Vital statistics of India. Vol. IV, Annual returns from 1871 to 1876. British Army of India, Native Army and jails of Bengal
Year: 1871
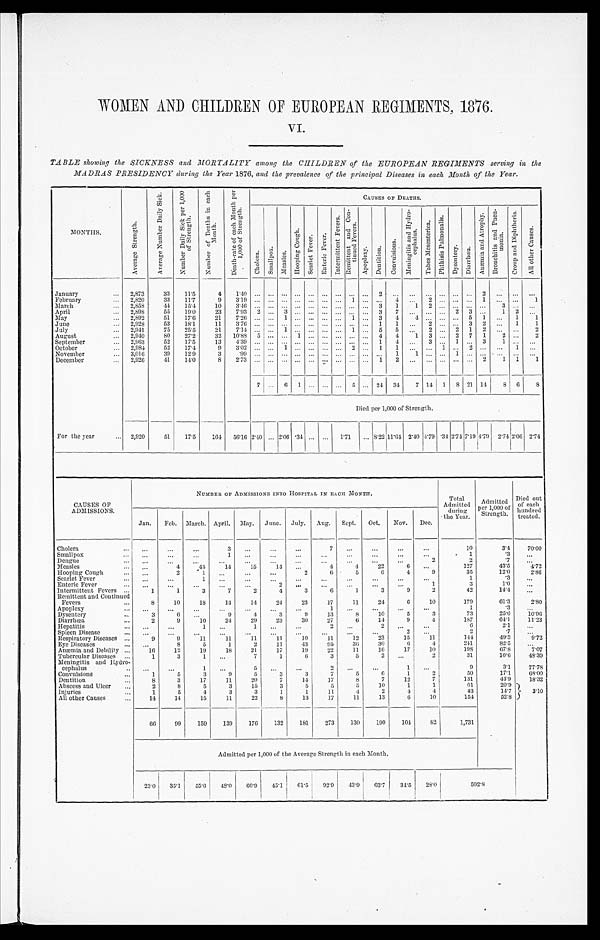
WOMEN AND CHILDREN OF EUROPEAN REGIMENTS, 1876.
VI.
TABLE showing the SICKNESS and MORTALITY among the CHILDREN of the EUROPEAN REGIMENTS serving in the
MADRAS PRESIDENCY during the Year 1876, and the prevalence of the principal Diseases in each Month of the Year.
MONTHS.
A v e r a g e S t r e n g t h .
A v e r a g e N u m b e r D a i l y S i c k .
N u m b e r D a i l y S i c k p e r 1 , 0 0 0 o f S t r e n g t h .
N u m b e r o f D e a t h i n e a c h M o n t h .
D e a t h - r a t e o f e a c h M o n t h p e r 1 , 0 0 0 o f S t r e n g t h .
C A U S E S O P D E A T H S .
C h o l e r a .
S m a l l p o x .
M e a s l e s .
H o o p i n g C o u g h .
S c a r l e t F e v e r . E n t e r i c F e v e r .
I n t e r m i t t e n t F e v e r . R e m i t t e n t a n d C o n - t i n u e d F e v e r .
A p o p l e x y . D e n t i t i o n .
C o n v i s i o n s .
M e n g i t i s a n d H y d r o - c e p h a l e s .
T a b e s M e s e n t e r i c a .
P h y t h i s i s P u l m o n a l i s .
D y s e n t a e r y . D i a r r h œa .
A n æ m i a a n d A t r o p h y . B r o n c h i t i s a n d P n e u - m o n i a .
C r o u p a n d D i p t h e r i a .
A l l o t h e r C a u s e s .
J a n u a r y 2,873
33 11.5
4
1 . 4 0
2
2
February
2,820
33 11.7
9
3 . 1 9
1
4
2
1
1
March
2,858 44 15.4 10 3.46
3 1 1 2
3
April
2,898
55 19.0 23 7.93 2
3
3 7
2 3
1 2
May
2,892
51 17.6
2 1
7 . 2 6
1
1
3 4 4
5 1
1
1
June
2,928
53 18.1 11 3.76
1 1
2
3 2
1 1
July
2,941
75 25.5 21 7.14
1
1
5 5
2
2 1 2
2
August
2,940 80 27.2
3 2
1 0 . 8 8 5
1
4 4 1 3
2 7 1 2
2
September
2,963 52 17.5
1 3
4 . 3 9
1 4
3
1
3
1
October
2,984
52 17.4
9
3 . 0 2
1
2
1 1
1 2
1
November
3,016 39 12.9
3 .99
1
1
1
December
2,926
41 14.0
8 2.73
1 2
2 1 1 1
7
6 1
5
24 34 7 14 1 8 21 14 8 6
8
Died per 1,000 of Strength.
For the year
2,920
51 17.5 164 56.16 2.40 2.06 . 3 4
1.71
8 . 2 2 1 1 . 6 4 2.40 4.79 .34 2.74 7.19 4.79 2.74 2.06 2.74
CAUSES OF
ADMISSIONS.
N U M B E R O F A D M I S S I O N S I N T O H O S P I T A L I N E A C H M O N T H .
Total
Admitted
during
the Year.
Admitted
per 1,000 of
Strength.
Died out
of each
hundred
treated.
Jan. Feb. March. April. May. June. July. Aug. Sept. Oct. Nov. Dec.
Cholera
3
7
1 0
3 . 4
7 0 . 0 0
Smallpox
1
1
.3
Dengue
2
2
.7
Measles
4
44 14
15
14
4
4
22
6
127
43.5
4. 72
Hooping Cough
2
1
2
6
5
6
4
9
35
12.0
2. 86
Scarlet Fever
1
1
. 3
Enteric Fever
2
1
3
1.0
Intermittent Fevers
1
1
3
7
2
4
3
6
1
3
9
2
42
14.4
Remittent and Continued
Fevers
8 10
18
14
14
24
23
17
11
24
6
10
179
61.3
2. 80
Apoplexy
1
1
.3
Dysentery
3
6
9
4
3
9
13
8 10
5
3
73
25.0 10. 96
Diarrhœa
2
9
10
24
29
23
30
27
6
14
9
4
187
64.1 11.23
Hepatitis
1
1
2
6
2.1
Spleen Disease
2
2
. 7
Respiratory Diseases
9
9
11
11
11
11
10
11
12
23
15
11
144
49.3
9. 72
Eye Diseases
8
5
1
2
11
43
95
36 30
6
4
241
82.5
Anaemia and Debility
16
12
19
18
21
17
19
22
11
16
17
10
198
67.8
7 . 0 7
Tubercular Diseases
1
3
1
7
1
6
3
5
2
2
31
10.6 48.39
Meninoitis and Hydro-
'
cephalus
1
5
2
1
9
3.1 77. 78
Convulsions
1
5
3
9
5
3
3
7
5
6
1
2
50
1 7 . 1 68. 00
Dentition
8
3
17
11
20
7
14 17
8
7
12
7
131
4 4 . 9 18. 32
Abscess and Ulcer
2
8
5
3
15
3
5
5
3 10
1
1
61
20.93 . 1 0
Injuries
1
5
4
3
3
1
1
11
4
2
4
4
43
14.7
All other Causes
14
14
15
11
22
8
13
17
11
13
6
10
154
52.8
66 99 159 139 176 132 181 273 130 190 104 82
1,731
Admitted per 1,000 of the Average Strength in each Month.
23.0 35.1 55.6 48.0 60.9 45.16 1 . 5
92.9 43.9 63.7 34.5 28.0
5 9 2 . 8